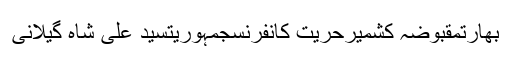
بھارتمقبوضہ کشمیرحریت کانفرنسجمہوریتسید علی شاہ گیلانی